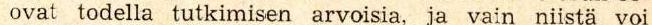
ovat todella tutkimisen arvoisia, ja vain niistä voi